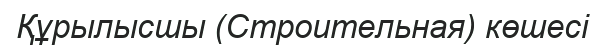
Құрылысшы (Строительная) көшесі